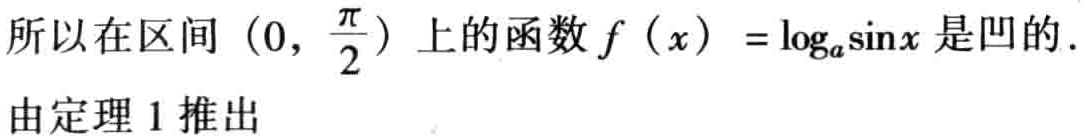
所以在区间\((0,\frac{\pi}{2})\)上的函数\(f(x)=\log_{a}\sin x\)是凹的.

由定理1推出